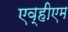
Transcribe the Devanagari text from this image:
एव्हीएम